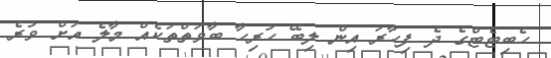
ހެބިޓެޓްގެ ދެ ފިހާރަ އިން ލިބޭ ހުރިހާ ބާވަތްތަކެއް މާލެ އަށް ވުރެ